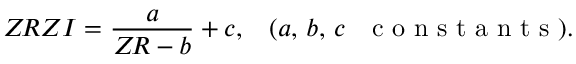
Z \! R Z I = \frac { a } { Z \! R - b } + c , \, \, \, \, \, ( a , \, b , \, c \, \, \, \, \textnormal { c o n s t a n t s } ) .